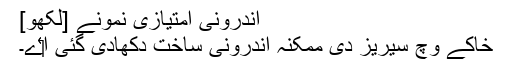
اندرونی امتیازی نمونے [لکھو]
خاکے وچ سیریز دی ممکنہ اندرونی ساخت دکھادی گئی ا‏‏ے۔